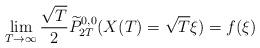
LaTeX: \begin{align*}\lim_{T \to \infty} \frac{\sqrt{T}}{2}\widetilde{P}^{0,0}_{2T}(X(T)=\sqrt{T} \xi)=f(\xi)\end{align*}